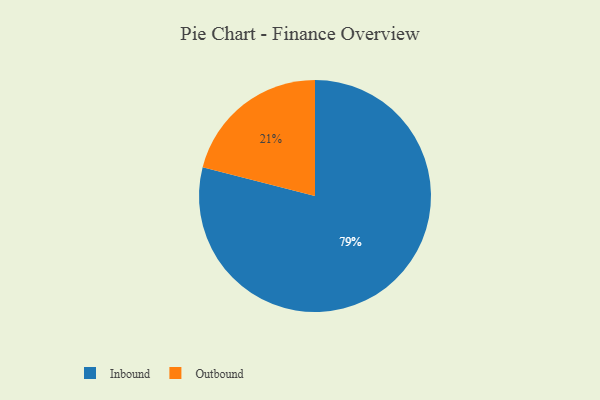
{"axis": {"x": "Category", "y": "Percentage"}, "legend": ["Inbound", "Outbound"], "data": [{"x": "Inbound", "y": 79, "type": "Inbound"}, {"x": "Outbound", "y": 21, "type": "Outbound"}]}